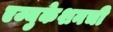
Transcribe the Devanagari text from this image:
एज्युकेशनची